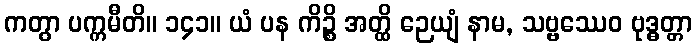
ကတွာ ပက္ကမီတိ။ ၁၄၁။ ယံ ပန ကိဉ္စိ အတ္ထိ ဉေယျံ နာမ, သဗ္ဗဿေဝ ဗုဒ္ဓတ္တာ